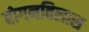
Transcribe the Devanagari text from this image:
बोगनविलास